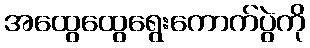
အထွေထွေရွေးကောက်ပွဲကို